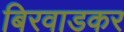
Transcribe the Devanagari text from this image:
बिरवाडकर